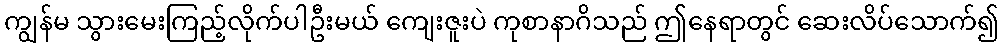
ကျွန်မ သွားမေးကြည့်လိုက်ပါဦးမယ် ကျေးဇူးပဲ ကုစာနာဂိသည် ဤနေရာတွင် ဆေးလိပ်သောက်၍